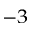
^ { - 3 }